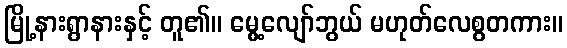
မြို့နားရွာနားနှင့် တူ၏။ မွေ့လျော်ဘွယ် မဟုတ်လေစွတကား။